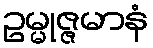
ဥမ္မုဇ္ဇမာနံ